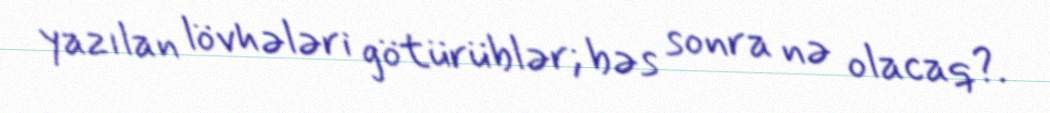
yazılan lövhələri götürüblər; bəs sonra nə olacaq?.